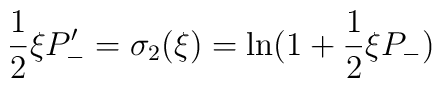
\frac{1}{2}\xi P_{-}'=\sigma_{2}(\xi)=\ln(1+\frac{1}{2}\xi P_{-})